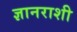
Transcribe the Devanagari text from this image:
ज्ञानराशी